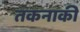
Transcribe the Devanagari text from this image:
तकनाकी